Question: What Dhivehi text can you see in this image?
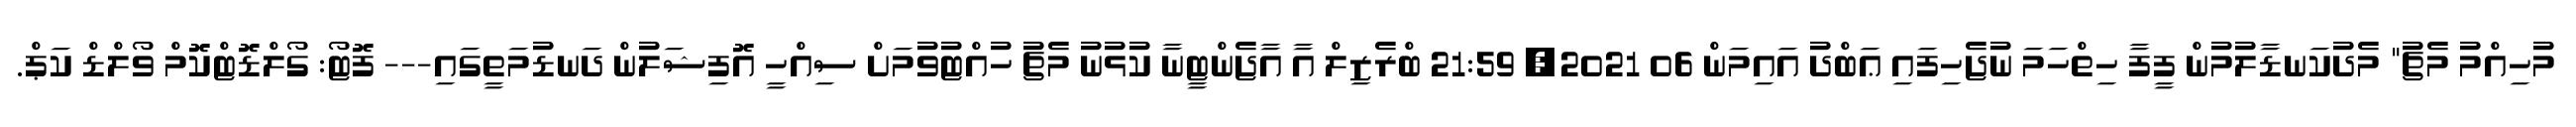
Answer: މުހިއްމު މެޗު" މެދުކަނޑާލުމުން ފީފާ ހިތްހަމަ ނުޖެހިފައި ޢަބްދު އައިމަން 06 2021, 21:59 ބްރެޒިލް އާ އާޖެންޓީނާ ކުޅުނު މެޗު ހުއްޓުވުމަށް ސިއްހީ އޮފިޝަލުން ދަނޑުމަތީގައި--- ފޮޓޯ: ގޯލްޑޮޓްކޮމް ވޯލްޑް ކަޕް.